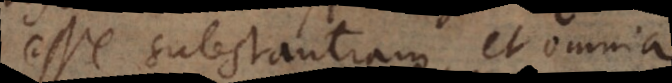
esse substantiam, et omnia